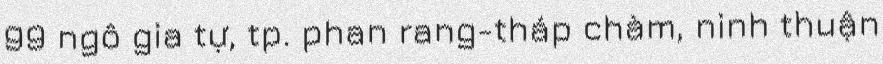
99 ngô gia tự, tp. phan rang-tháp chàm, ninh thuận